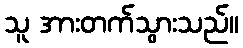
သူ အားတက်သွားသည်။